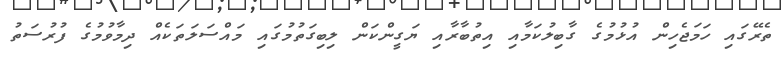
ތެރޭގައި ހަމަޖެހިން އުޅުމުގެ ގާބިލުކަމާއި އިތުބާރާއި ޔަގީންކަން ލިބިގަތުމުގައި މައްސަލަތަކެއް ދިމާވުމުގެ ފުރުސަތު